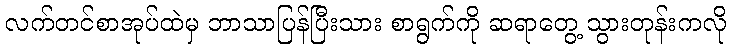
လက်တင်စာအုပ်ထဲမှ ဘာသာပြန်ပြီးသား စာရွက်ကို ဆရာတွေ့ သွားတုန်းကလို